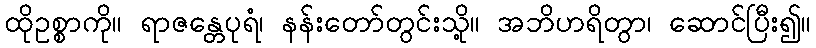
ထိုဥစ္စာကို။ ရာဇန္တေပုရံ၊ နန်းတော်တွင်းသို့။ အဘိဟရိတွာ၊ ဆောင်ပြီး၍။